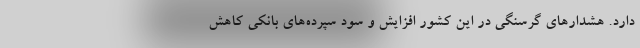
دارد. هشدارهای گرسنگی در این کشور افزایش و سود سپرده‌های بانکی کاهش